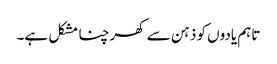
تاہم یادوں کو ذہن سے کھرچنا مشکل ہے۔